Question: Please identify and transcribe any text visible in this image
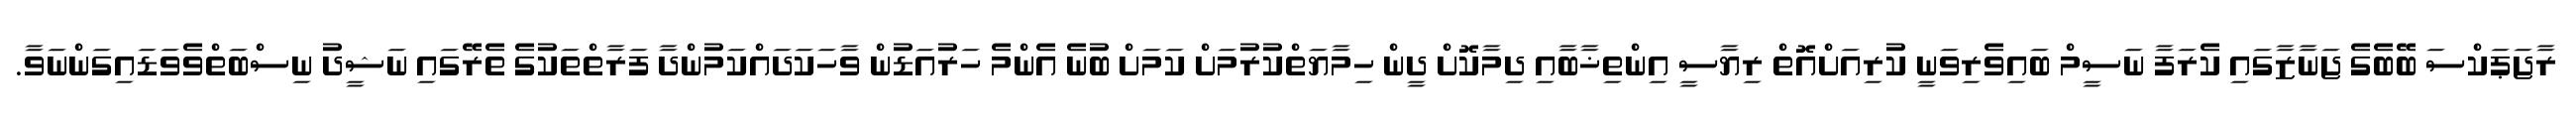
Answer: ރާޖަޕަކްސަ ބޭބެގެ ޖަނާޒާގައި ކެރަފާ ނަސީމް ބައިވެރިވަނީ ކުރިއަށްއޮތް ރިޔާސީ އިންތިޚާބާއި ދިމާކޮށް ދީން ހިމާޔަތްކުރުމަށް ކަމަށް ބުނެ އެންމެ ހަރުއަޑުން ވާހަކަދައްކަމުންދާ ފަރާތްތަކުގެ ތެރޭގައި ނަޝީދު ނިސްބަތްވެވަޑައިގަންނަވާ.